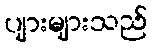
ပျားများသည်